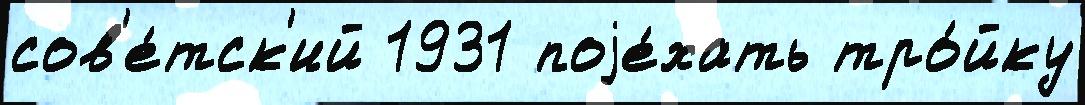
сов'е́тск'ий 1931 поjе́хать тро́йку